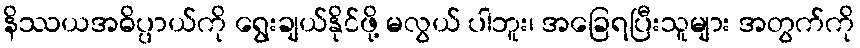
နိဿယအဓိပ္ပာယ်ကို ရွေးချယ်နိုင်ဖို့ မလွယ် ပါဘူး၊ အခြေရပြီးသူများ အတွက်ကို